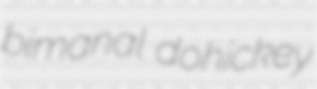
bimanal dohickey